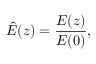
\hat { E } ( z ) = \frac { E ( z ) } { E ( 0 ) } ,